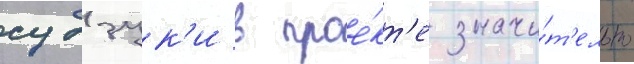
судзук'и в прое́кт'е значи́т'ельно